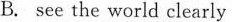
B. see the world careful